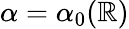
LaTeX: \alpha=\alpha_{0}(\mathbb{R})